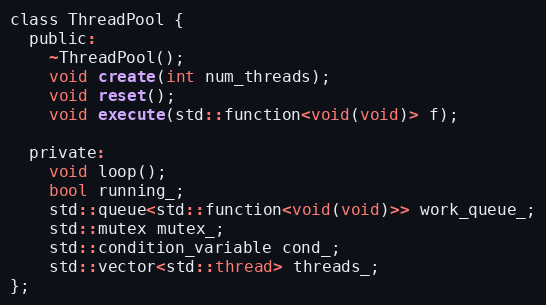
Language: C
class ThreadPool {
  public:
    ~ThreadPool();
    void create(int num_threads);
    void reset();
    void execute(std::function<void(void)> f);

  private:
    void loop();
    bool running_;
    std::queue<std::function<void(void)>> work_queue_;
    std::mutex mutex_;
    std::condition_variable cond_;
    std::vector<std::thread> threads_;
};